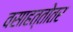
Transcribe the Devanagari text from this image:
वसाहत्तोतर